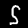
Digit: 5